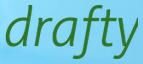
drafty